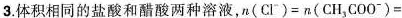
3.体积相同的盐酸和醋酸两种溶液，$$n ( C l ^ { - } ) = n ( C H _ { 3 } C O O ^ { - } ) =